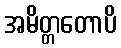
အမိတ္တတောပိ